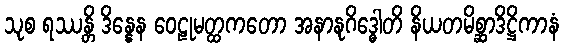
သုစ ရဿန္တိ ဒိန္နေန ဝေဠုမတ္ထကတော အနာနုဂိဒ္ဓေါတိ နိယတမိစ္ဆာဒိဋ္ဌိကာနံ